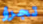
تجرؤ